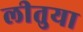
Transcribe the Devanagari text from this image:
लीतुया